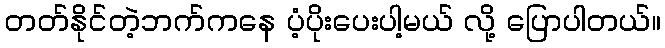
တတ်နိုင်တဲ့ဘက်ကနေ ပံ့ပိုးပေးပါ့မယ် လို့ ပြောပါတယ်။